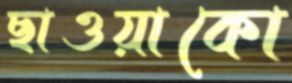
ছাওয়াকো